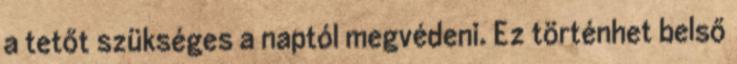
a tetőt szükséges a naptól megvédeni. Ez történhet belső